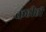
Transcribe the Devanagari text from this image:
कहीही